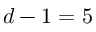
d - 1 = 5